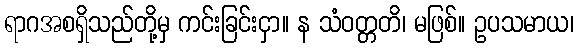
ရာဂအစရှိသည်တို့မှ ကင်းခြင်းငှာ။ န သံဝတ္တတိ၊ မဖြစ်။ ဥပသမာယ၊